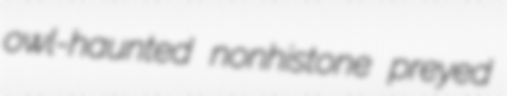
owl-haunted nonhistone preyed